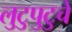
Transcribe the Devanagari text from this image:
लुटुपुटुचे